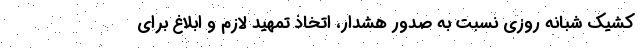
کشیک شبانه روزی نسبت به صدور هشدار، اتخاذ تمهید لازم و ابلاغ برای